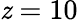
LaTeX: \mathit{z}=10